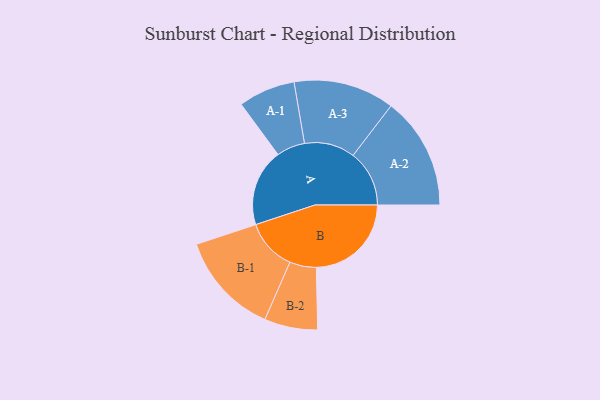
{"axis": {"x": "Segment", "y": "Value"}, "legend": ["", "A", "B"], "data": [{"x": "A", "y": 336, "type": ""}, {"x": "B", "y": 414, "type": ""}, {"x": "A-1", "y": 124, "type": "A"}, {"x": "A-2", "y": 245, "type": "A"}, {"x": "A-3", "y": 220, "type": "A"}, {"x": "B-1", "y": 224, "type": "B"}, {"x": "B-2", "y": 116, "type": "B"}]}